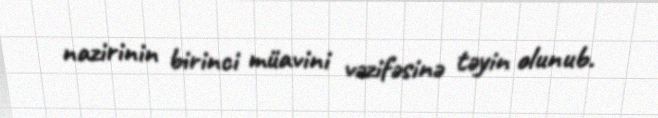
nazirinin birinci müavini vəzifəsinə təyin olunub.